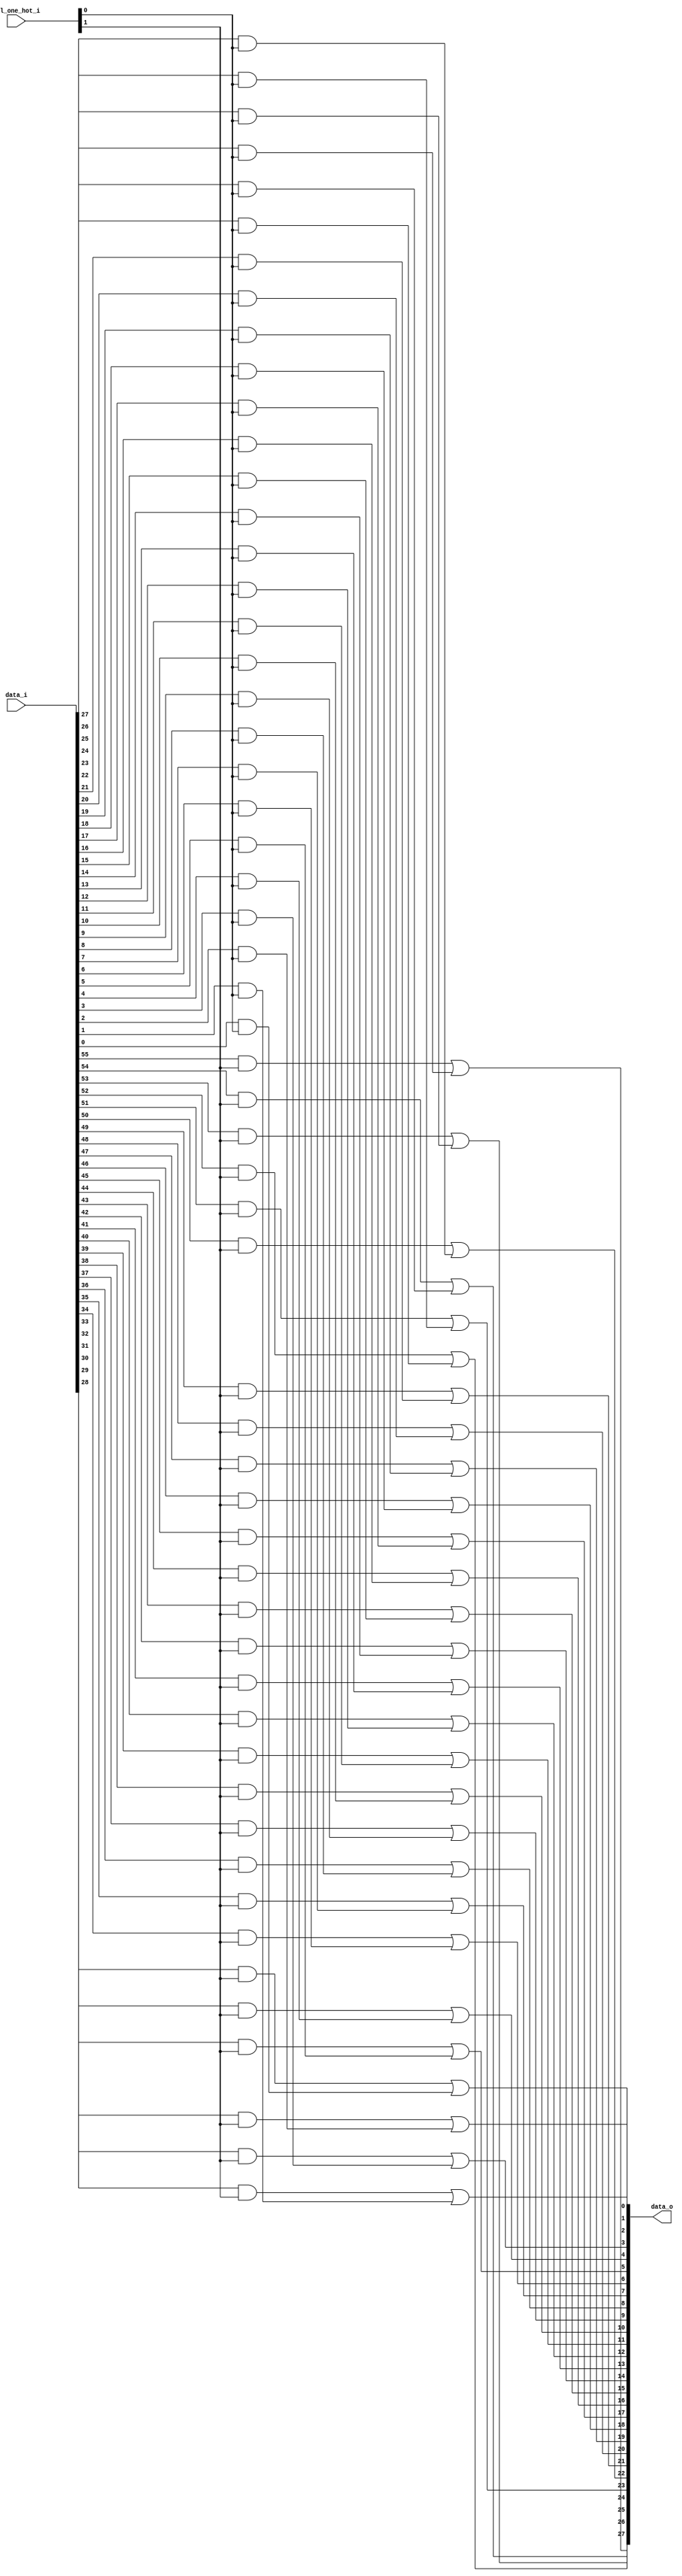
// This program was cloned from: https://github.com/NYU-MLDA/OpenABC
// License: BSD 3-Clause "New" or "Revised" License

module bsg_mux_one_hot_width_p28_els_p2
(
  data_i,
  sel_one_hot_i,
  data_o
);

  input [55:0] data_i;
  input [1:0] sel_one_hot_i;
  output [27:0] data_o;
  wire [27:0] data_o;
  wire [55:0] data_masked;
  assign data_masked[27] = data_i[27] & sel_one_hot_i[0];
  assign data_masked[26] = data_i[26] & sel_one_hot_i[0];
  assign data_masked[25] = data_i[25] & sel_one_hot_i[0];
  assign data_masked[24] = data_i[24] & sel_one_hot_i[0];
  assign data_masked[23] = data_i[23] & sel_one_hot_i[0];
  assign data_masked[22] = data_i[22] & sel_one_hot_i[0];
  assign data_masked[21] = data_i[21] & sel_one_hot_i[0];
  assign data_masked[20] = data_i[20] & sel_one_hot_i[0];
  assign data_masked[19] = data_i[19] & sel_one_hot_i[0];
  assign data_masked[18] = data_i[18] & sel_one_hot_i[0];
  assign data_masked[17] = data_i[17] & sel_one_hot_i[0];
  assign data_masked[16] = data_i[16] & sel_one_hot_i[0];
  assign data_masked[15] = data_i[15] & sel_one_hot_i[0];
  assign data_masked[14] = data_i[14] & sel_one_hot_i[0];
  assign data_masked[13] = data_i[13] & sel_one_hot_i[0];
  assign data_masked[12] = data_i[12] & sel_one_hot_i[0];
  assign data_masked[11] = data_i[11] & sel_one_hot_i[0];
  assign data_masked[10] = data_i[10] & sel_one_hot_i[0];
  assign data_masked[9] = data_i[9] & sel_one_hot_i[0];
  assign data_masked[8] = data_i[8] & sel_one_hot_i[0];
  assign data_masked[7] = data_i[7] & sel_one_hot_i[0];
  assign data_masked[6] = data_i[6] & sel_one_hot_i[0];
  assign data_masked[5] = data_i[5] & sel_one_hot_i[0];
  assign data_masked[4] = data_i[4] & sel_one_hot_i[0];
  assign data_masked[3] = data_i[3] & sel_one_hot_i[0];
  assign data_masked[2] = data_i[2] & sel_one_hot_i[0];
  assign data_masked[1] = data_i[1] & sel_one_hot_i[0];
  assign data_masked[0] = data_i[0] & sel_one_hot_i[0];
  assign data_masked[55] = data_i[55] & sel_one_hot_i[1];
  assign data_masked[54] = data_i[54] & sel_one_hot_i[1];
  assign data_masked[53] = data_i[53] & sel_one_hot_i[1];
  assign data_masked[52] = data_i[52] & sel_one_hot_i[1];
  assign data_masked[51] = data_i[51] & sel_one_hot_i[1];
  assign data_masked[50] = data_i[50] & sel_one_hot_i[1];
  assign data_masked[49] = data_i[49] & sel_one_hot_i[1];
  assign data_masked[48] = data_i[48] & sel_one_hot_i[1];
  assign data_masked[47] = data_i[47] & sel_one_hot_i[1];
  assign data_masked[46] = data_i[46] & sel_one_hot_i[1];
  assign data_masked[45] = data_i[45] & sel_one_hot_i[1];
  assign data_masked[44] = data_i[44] & sel_one_hot_i[1];
  assign data_masked[43] = data_i[43] & sel_one_hot_i[1];
  assign data_masked[42] = data_i[42] & sel_one_hot_i[1];
  assign data_masked[41] = data_i[41] & sel_one_hot_i[1];
  assign data_masked[40] = data_i[40] & sel_one_hot_i[1];
  assign data_masked[39] = data_i[39] & sel_one_hot_i[1];
  assign data_masked[38] = data_i[38] & sel_one_hot_i[1];
  assign data_masked[37] = data_i[37] & sel_one_hot_i[1];
  assign data_masked[36] = data_i[36] & sel_one_hot_i[1];
  assign data_masked[35] = data_i[35] & sel_one_hot_i[1];
  assign data_masked[34] = data_i[34] & sel_one_hot_i[1];
  assign data_masked[33] = data_i[33] & sel_one_hot_i[1];
  assign data_masked[32] = data_i[32] & sel_one_hot_i[1];
  assign data_masked[31] = data_i[31] & sel_one_hot_i[1];
  assign data_masked[30] = data_i[30] & sel_one_hot_i[1];
  assign data_masked[29] = data_i[29] & sel_one_hot_i[1];
  assign data_masked[28] = data_i[28] & sel_one_hot_i[1];
  assign data_o[0] = data_masked[28] | data_masked[0];
  assign data_o[1] = data_masked[29] | data_masked[1];
  assign data_o[2] = data_masked[30] | data_masked[2];
  assign data_o[3] = data_masked[31] | data_masked[3];
  assign data_o[4] = data_masked[32] | data_masked[4];
  assign data_o[5] = data_masked[33] | data_masked[5];
  assign data_o[6] = data_masked[34] | data_masked[6];
  assign data_o[7] = data_masked[35] | data_masked[7];
  assign data_o[8] = data_masked[36] | data_masked[8];
  assign data_o[9] = data_masked[37] | data_masked[9];
  assign data_o[10] = data_masked[38] | data_masked[10];
  assign data_o[11] = data_masked[39] | data_masked[11];
  assign data_o[12] = data_masked[40] | data_masked[12];
  assign data_o[13] = data_masked[41] | data_masked[13];
  assign data_o[14] = data_masked[42] | data_masked[14];
  assign data_o[15] = data_masked[43] | data_masked[15];
  assign data_o[16] = data_masked[44] | data_masked[16];
  assign data_o[17] = data_masked[45] | data_masked[17];
  assign data_o[18] = data_masked[46] | data_masked[18];
  assign data_o[19] = data_masked[47] | data_masked[19];
  assign data_o[20] = data_masked[48] | data_masked[20];
  assign data_o[21] = data_masked[49] | data_masked[21];
  assign data_o[22] = data_masked[50] | data_masked[22];
  assign data_o[23] = data_masked[51] | data_masked[23];
  assign data_o[24] = data_masked[52] | data_masked[24];
  assign data_o[25] = data_masked[53] | data_masked[25];
  assign data_o[26] = data_masked[54] | data_masked[26];
  assign data_o[27] = data_masked[55] | data_masked[27];

endmodule